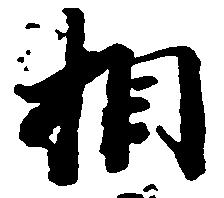
相